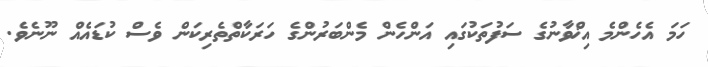
ހަމަ އެހެންމެ އިޚްވާނުގެ ސަފުތަކުގައި އަންހެން މެންބަރުންގެ ހަރަކާތްތެރިކަން ވެސް ކުޑައެއް ނޫނެވެ.